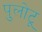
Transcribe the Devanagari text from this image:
पुलोटू